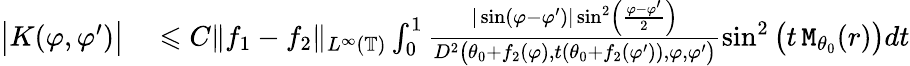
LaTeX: \begin{array}{rl}{\big|K(\varphi,\varphi^{\prime})\big|}&{{}\leqslant C\| f_{1}-f_{2}\| _{L^{\infty}(\mathbb{T})}\int_{0}^{1}\frac{|\sin(\varphi-\varphi^{\prime})|\sin^{2}\left(\frac{\varphi-\varphi^{\prime}}{2}\right)}{D^{2}\big(\theta_{0}+f_{2}(\varphi),t(\theta_{0}+f_{2}(\varphi^{\prime})),\varphi,\varphi^{\prime}\big)}\sin^{2}\big(t\, \mathtt{M}_{\theta_{0}}(r)\big)dt}\end{array}